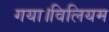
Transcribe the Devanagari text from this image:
गया।विलियम